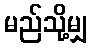
မည်သို့မျှ